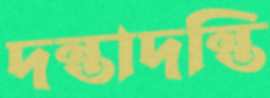
দন্তাদন্তি